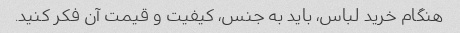
هنگام خرید لباس، باید به جنس، کیفیت و قیمت آن فکر کنید.